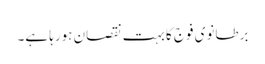
برطانوی فوج کا بہت نقصان ہورہا ہے۔